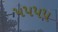
૫૫૫૫